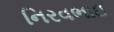
નિરવભાઇ